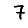
Digit: 7